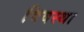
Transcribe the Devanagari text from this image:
विवस्था